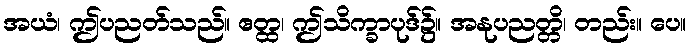
အယံ၊ ဤပညတ်သည်။ ဧတ္ထ၊ ဤသိက္ခာပုဒ်၌။ အနုပညတ္တိ၊ တည်း။ ပေ။